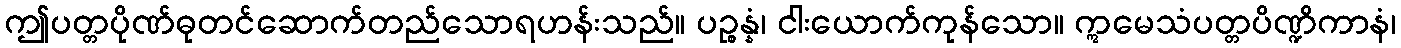
ဤပတ္တပိုဏ်ဓုတင်ဆောက်တည်သောရဟန်းသည်။ ပဉ္စန္နံ၊ ငါးယောက်ကုန်သော။ ဣမေသံပတ္တပိဏ္ဍိကာနံ၊